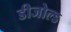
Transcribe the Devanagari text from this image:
डीजोल्ड